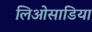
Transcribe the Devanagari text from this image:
लिओसाडिया